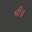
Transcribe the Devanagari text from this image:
भी॥